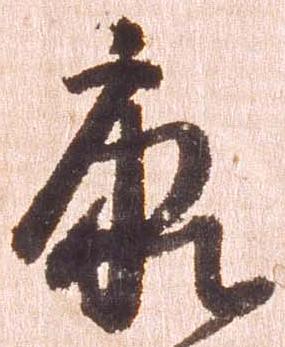
康